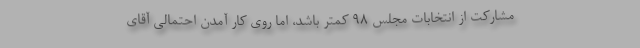
مشارکت از انتخابات مجلس ۹۸ کمتر باشد، اما روی کار آمدن احتمالی آقای